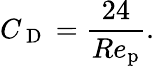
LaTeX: C_{\mathrm{~D~}}=\frac{24}{Re_{\mathrm{p}}}.